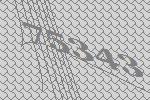
75343